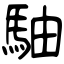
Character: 駎